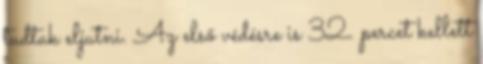
tudtak eljutni. Az első védésre is 32. percet kellett